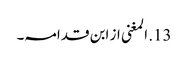
13. المغنی از ابن قدامہ۔